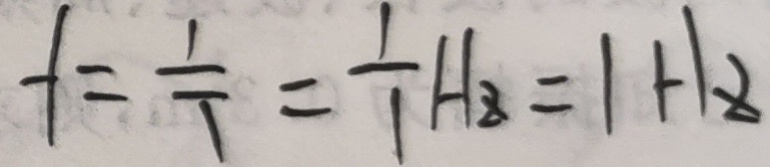
f = \frac { 1 } { T } = \frac { 1 } { 1 } H _ { z } = 1 H _ { z }